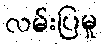
လမ်းပြမှု